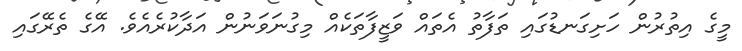
މީގެ އިތުރުން ހަށިގަނޑުގައި ތަފާތު އެތައް ވަޒީފާތަކެއް މިގުނަވަނުން އަދާކުރެއެވެ. އޭގެ ތެރޭގައި